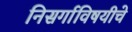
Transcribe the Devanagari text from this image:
निसर्गाविषयीचे